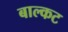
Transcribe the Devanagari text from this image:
बाल्कट